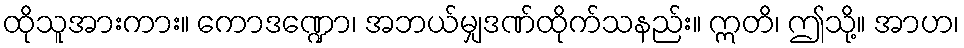
ထိုသူအားကား။ ကောဒဏ္ဍော၊ အဘယ်မျှဒဏ်ထိုက်သနည်း။ ဣတိ၊ ဤသို့။ အာဟ၊